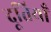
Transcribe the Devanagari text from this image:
दूतियाँ